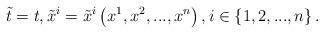
LaTeX: \begin{align*}\tilde{t}=t,\tilde{x}^{i}=\tilde{x}^{i}\left( x^{1},x^{2},...,x^{n}\right),i\in \left\{1 ,2,...,n\right\} . \end{align*}